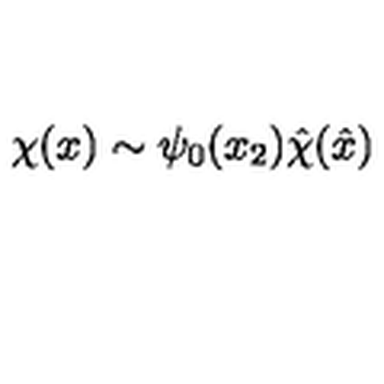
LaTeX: \chi ( x ) \sim \psi _ { 0 } ( x _ { 2 } ) { \hat { \chi } } ( { \hat { x } } )